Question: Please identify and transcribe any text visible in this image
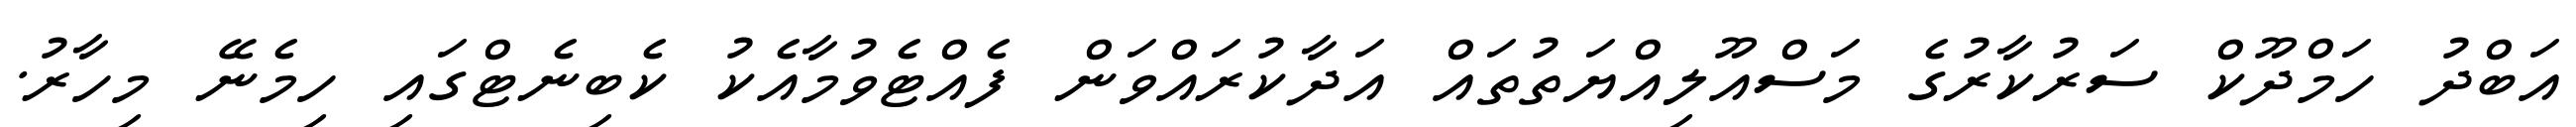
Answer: އަބްދު ހަމްދޫކް ސަރުކާރުގެ މަސްއޫލިއްޔަތުތައް އަދާކުރައްވަން ފެއްޓެވުމާއެކު ކެބިނެޓްގައި ހިމެނޭ މިހާރު.